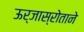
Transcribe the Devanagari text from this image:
ऊर्जास्रोताने